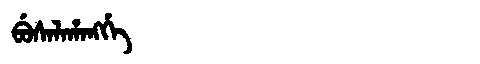
Manchu: ᠪᡠᠰᠠᠯᠠᡥᠠᠩᡤᡝ
Romanization: BUSALAHANGGE